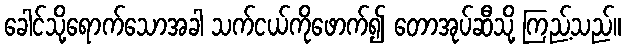
ခေါင်သို့ရောက်သောအခါ သက်ငယ်ကိုဖောက်၍ တောအုပ်ဆီသို့ ကြည့်သည်။